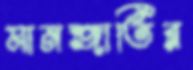
মানব্জাতির